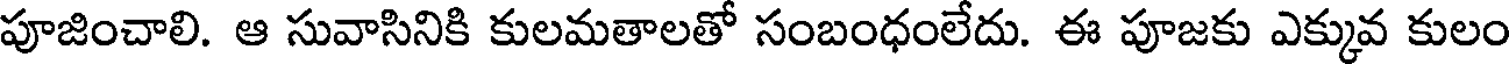
పూజించాలి. ఆ సువాసినికి కులమతాలతో సంబంధంలేదు. ఈ పూజకు ఎక్కువ కులం